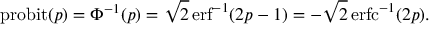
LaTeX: \operatorname { p r o b i t } ( p ) = \Phi ^ { - 1 } ( p ) = { \sqrt { 2 } } \operatorname { e r f } ^ { - 1 } ( 2 p - 1 ) = - { \sqrt { 2 } } \operatorname { e r f c } ^ { - 1 } ( 2 p ) .